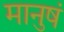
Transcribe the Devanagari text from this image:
मानुषं